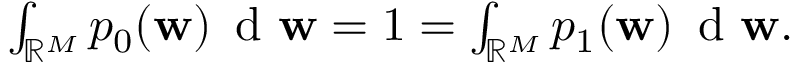
\begin{array} { r } { \int _ { \mathbb { R } ^ { M } } p _ { 0 } ( \mathbf { w } ) \, \mathrm { ~ d ~ } \mathbf { w } = 1 = \int _ { \mathbb { R } ^ { M } } p _ { 1 } ( \mathbf { w } ) \, \mathrm { ~ d ~ } \mathbf { w } . } \end{array}